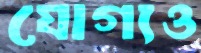
যোগ্যও